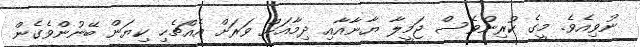
ނުވިއެވެ. މީގެ ކުރިންވެސް ޖަމީލާ ޔާނާއާއި ދިމާއަށް ވަރަށް އެއްޗެހި ކިޔަން ބޭނުންވެގެން